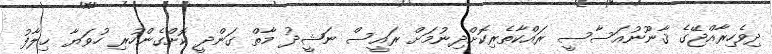
ދިވެހިރާއްޖޭގެ ޤާނޫނުއަސާސީ ރައްކާތެރިކޮށްދިނުމަށް ރައީސް ނަޝީދު މާތް ގަންދީ ކޮށްގެންހުރި ހުވަޔާ ޚިލާފު